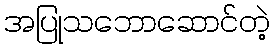
အပြုသဘောဆောင်တဲ့